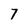
Character: 7